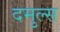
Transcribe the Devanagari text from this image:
दमुल्स